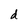
Character: d